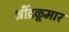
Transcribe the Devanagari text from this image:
श्रींद्रकूमार